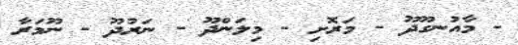
- މާއުނގޫދޫ - މަރޮށި - މިލަންދޫ - ނަރުދޫ - ނޫމަރާ